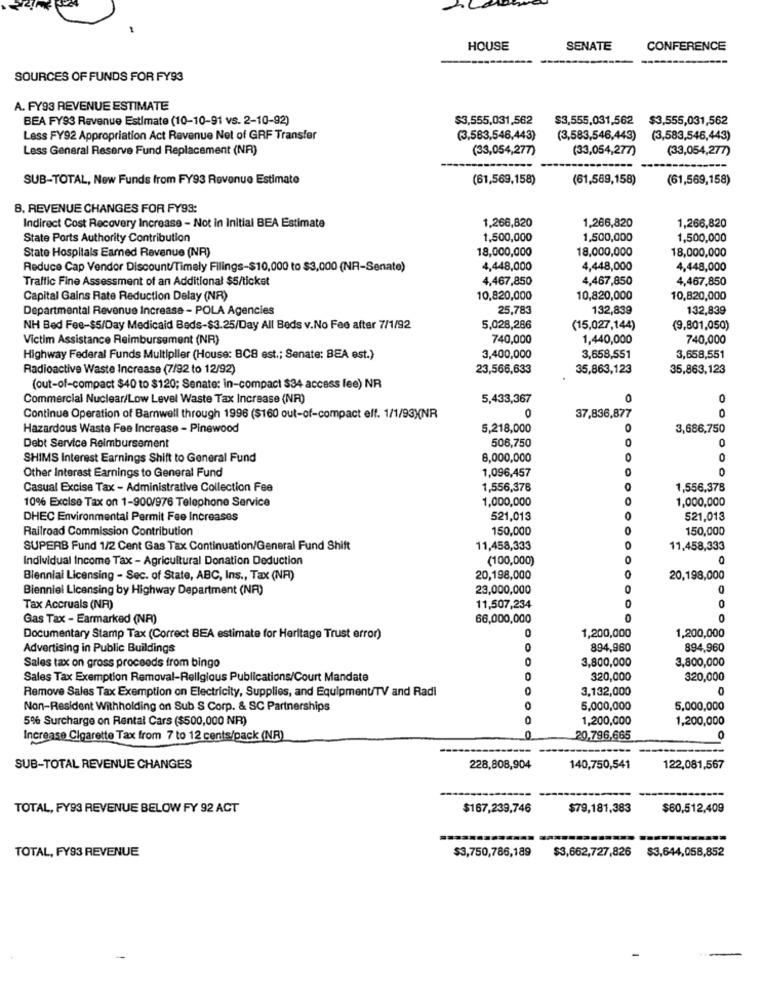
HOUSE
SENATE
CONFERENCE
SOURCES OF FUNDS FOR FY93
A. FY93 REVENUE ESTIMATE
BEA FY93 Ravenue Estimate (10-10-91 vs. 2-10-92)
$3,555,031,562
$3,555,031,562
$3,555,031,562
Less FY92 Appropriation Act Revenue Net of GRF Transfer
(3,583,546,443)
(3,583,546,443)
(3,583,546,443)
Less General Reserve Fund Replacement (NR)
(33,054,277)
(33,054,277)
(33,054,277)
SUB-TOTAL, New Funds from FY93 Revenue Estimate
(61,569,158)
(61,569,158)
(61,569,158)
B. REVENUE CHANGES FOR FY93:
Indirect Cost Recovery Increase - Not in Initial BEA Estimate
1,266,820
1,266,820
1,266,820
State Ports Authority Contribution
1,500,000
1,500,000
1,500,000
State Hospitals Earned Revenue (NR)
18,000,000
18,000,000
18,000,000
Reduce Cap Vendor Discount/Timely Filings-$10,000 to $3,000 (NR-Senate)
4,448,000
4,448,000
4,448,000
Traffic Fine Assessment of an Additional $5/ticket
4,467,850
4,467,850
4,467,850
Capital Gains Rate Reduction Delay (NR)
10,820,000
10,820,000
10,820,000
Departmental Revenue Increase - POLA Agencies
25,783
132,839
132,839
NH Bed Fee-$5/Day Medicaid Beds-$3.25/Day All Beds v.No Fee after 7/1/92
5,028,286
(15,027,144)
(9,801,050)
Victim Assistance Reimbursement (NR)
740,000
1,440,000
740,000
Highway Federal Funds Multiplier (House: BC8 est .; Senate: BEA est.)
3,400,000
3,658,551
3,658,551
Radioactive Waste Increase (7/92 to 12/92)
23,566,633
35,863,123
35,863,123
(out-of-compact $40 to $120; Senate: in-compact $34 access fee) NR
Commercial Nuclear/Low Level Waste Tax Increase (NR)
5,433,367
0
0
0
0
Continue Operation of Barnwell through 1996 ($160 out-of-compact elf. 1/1/93)NR
37,836,877
Hazardous Waste Fee Increase - Pinewood
5,218,000
0
3,686,750
506,750
0
0
Debt Service Reimbursement
SHIMS Interest Earnings Shift to General Fund
8,000,000
0
0
Other Interest Earnings to General Fund
1,096,457
0
Casual Excise Tax - Administrative Collection Fee
1,556,378
1,556,378
10% Excise Tax on 1-900/976 Telephone Service
1,000,000
1,000,000
DHEC Environmental Permit Fee Increases
521,013
521,013
Railroad Commission Contribution
150,000
150,000
O
SUPERB Fund 1/2 Cent Gas Tax Continuation/General Fund Shift
11,458,333
11,458,333
Individual Income Tax - Agricultural Donation Deduction
(100,000)
0
Biennial Licensing - Sec. of State, ABC, Ins ., Tax (NA)
20,198,000
20,198,000
Bienniel Licensing by Highway Department (NR)
23,000,000
0
0
0
Tax Accruals (NR)
11,507,234
Gas Tax - Earmarked (NP)
66,000,000
1,200,000
Documentary Stamp Tax (Correct BEA estimate for Heritage Trust error)
1,200,000
Advertising in Public Buildings
O
894,960
894,960
Sales tax on gross proceeds from bingo
O
3,800,000
3,800,000
Sales Tax Exemption Removal-Religious Publications/Court Mandate
320,000
320,000
Remove Sales Tax Exemption on Electricity, Supplies, and Equipment/TV and Radi
3,132,000
0
Non-Resident Withholding on Sub S Corp. & SC Partnerships
5,000,000
5,000,000
5% Surcharge on Rental Cars ($500,000 NR)
1,200,000
1,200,000
Increase Cigarette Tax from 7 to 12 cents/pack (NR)
0
20,796,665
SUB-TOTAL REVENUE CHANGES
228,808,904
140,750,541
122,081,567
TOTAL, FY93 REVENUE BELOW FY 92 ACT
$167,239,746
$79,181,383
$60,512,409
TOTAL, FY93 REVENUE
$3,750,786,189
$3,662,727,826 $3,644,058,852